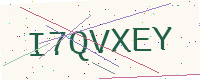
Text: I7QVXEY